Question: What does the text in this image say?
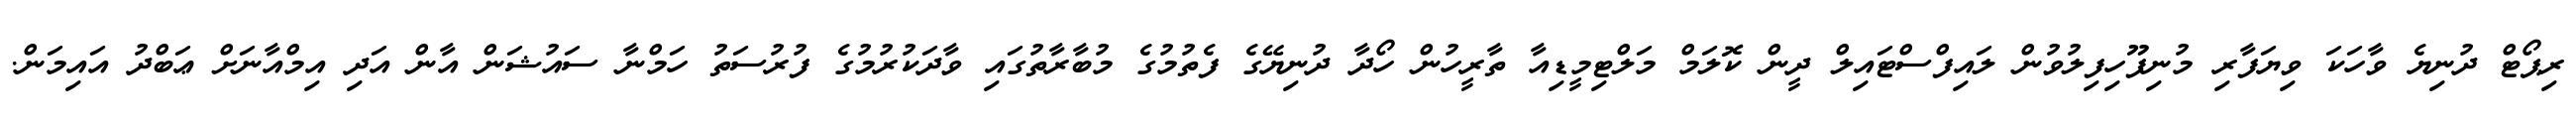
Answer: ރިޕޯޓް ދުނިޔެ ވާހަކަ ވިޔަފާރި މުނިފޫހިފިލުވުން ލައިފްސްޓައިލް ދީން ކޮލަމް މަލްޓިމީޑިއާ ތާރީހުން ހޯދާ ދުނިޔޭގެ ފެތުމުގެ މުބާރާތުގައި ވާދަކުރުމުގެ ފުރުސަތު ހަމްނާ ސައުޝަން އާން އަދި އިމްއާނަށް ޢަބްދު އައިމަން.